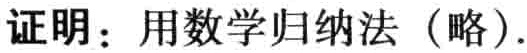
证明：用数学归纳法（略）.